Annual administration report of the Civil Veterinary Department of India - 1897-1898
Year: 1897
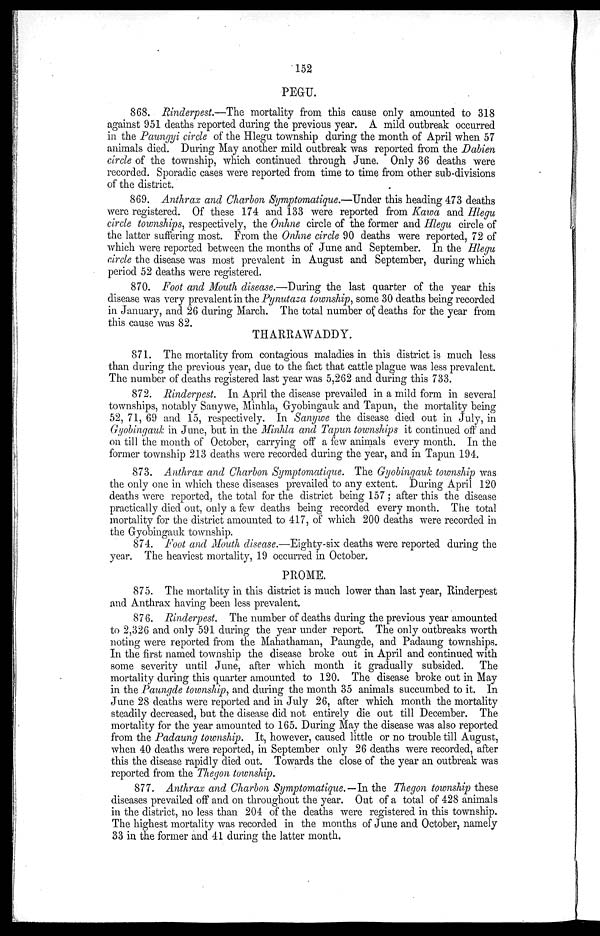
152
PEGU.
868. Rinderpest.—The mortality from this cause only amounted to 318
against 951 deaths reported during the previous year. A mild outbreak occurred
in the Paungyi circle of the Hlegu township during the month of April when 57
animals died. During May another mild outbreak was reported from the Dabien
circle of the township, which continued through June. Only 36 deaths were
recorded. Sporadic cases were reported from time to time from other sub-divisions
of the district.
869. Anthrax and Charbon Symptomatique.—Under this heading 473 deaths
were registered. Of these 174 and 133 were reported from Kawa and Hlegu
circle townships, respectively, the Onhne circle of the former and Hlegu circle of
the latter suffering most. From the Onhne circle 90 deaths were reported, 72 of
which were reported between the months of June and September. In the Hlegu
circle the disease was most prevalent in August and September, during which
period 52 deaths were registered.
870. Foot and Mouth disease.—During the last quarter of the year this
disease was very prevalent in the Pynutaza township, some 30 deaths being recorded
in January, and 26 during March. The total number of deaths for the year from
this cause was 82.
THARRAWADDY.
871. The mortality from contagious maladies in this district is much less
than during the previous year, due to the fact that cattle plague was less prevalent.
The number of deaths registered last year was 5,262 and during this 733.
872. Rinderpest. In April the disease prevailed in a mild form in several
townships, notably Sanywe, Minhla, Gyobingauk and Tapun, the mortality being
52, 71, 69 and 15, respectively. In Sanywe the disease died out in July, in
Gyobingauk in June, but in the Minhla and Tapun townships it continued off and
on till the month of October, carrying off a few animals every month. In the
former township 213 deaths were recorded during the year, and in Tapun 194.
873. Anthrax and Charbon Symptomatique. The Gyobingauk township was
the only one in which these diseases prevailed to any extent. During April 120
deaths were reported, the total for the district being 157; after this the disease
practically died out, only a few deaths being recorded every month. The total
mortality for the district amounted to 417, of which 200 deaths were recorded in
the Gyobingauk township.
874. Foot and Mouth disease.—Eighty-six deaths were reported during the
year. The heaviest mortality, 19 occurred in October.
PROME.
875. The mortality in this district is much lower than last year, Rinderpest
and Anthrax having been less prevalent.
876. Rinderpest. The number of deaths during the previous year amounted
to 2,326 and only 591 during the year under report. The only outbreaks worth
noting were reported from the Mahathaman, Paungde, and Padaung townships.
In the first named township the disease broke out in April and continued with
some severity until June, after which month it gradually subsided. The
mortality during this quarter amounted to 120. The disease broke out in May
in the Paungde township, and during the month 35 animals succumbed to it. In
June 28 deaths were reported and in July 26, after which month the mortality
steadily decreased, but the disease did not entirely die out till December. The
mortality for the year amounted to 165. During May the disease was also reported
from the Padaung township. It, however, caused little or no trouble till August,
when 40 deaths were reported, in September only 26 deaths were recorded, after
this the disease rapidly died out. Towards the close of the year an outbreak was
reported from the Thegon township.
877. Anthrax and Charbon Symptomatique.—In the Thegon township these
diseases prevailed off and on throughout the year. Out of a total of 428 animals
in the district, no less than 204 of the deaths were registered in this township.
The highest mortality was recorded in the months of June and October, namely
33 in the former and 41 during the latter month.